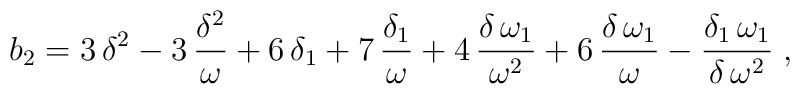
b_2=3\,{ \delta}^{2} - 3\,{\displaystyle \frac {{ \delta}^{2}}{{ \omega}}} + 6\,{{ \delta}_{1}} + 7\,{\displaystyle \frac {{{ \delta}_{1}}}{{ \omega}}} + 4\,{\displaystyle \frac {{ \delta}\,{{ \omega}_{1}}}{{ \omega}^{2}}} + 6\,{\displaystyle \frac {{ \delta}\,{{ \omega}_{1}}}{{ \omega}}} - {\displaystyle \frac {{{ \delta}_{1}}\,{{ \omega}_{1}}}{{ \delta}\,{ \omega}^{2}}}\;,